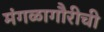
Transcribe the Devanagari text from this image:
मंगळागौरीची